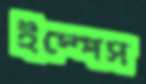
ইস্পেস